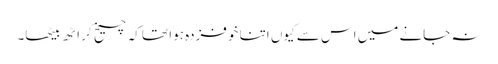
نہ جانے میں اس سے کیوں اتنا خوفزدہ ہوا تھا کہ چیخ کر اٹھ بیٹھا۔